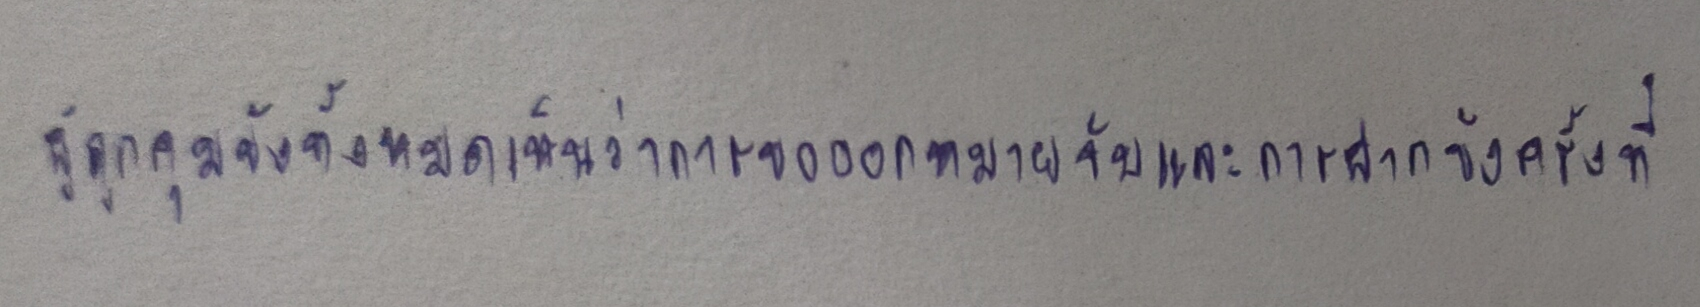
ผู้ถูกคุมขังทั้งหมดเห็นว่าการขอออกหมายจับและการฝากขังครั้งที่